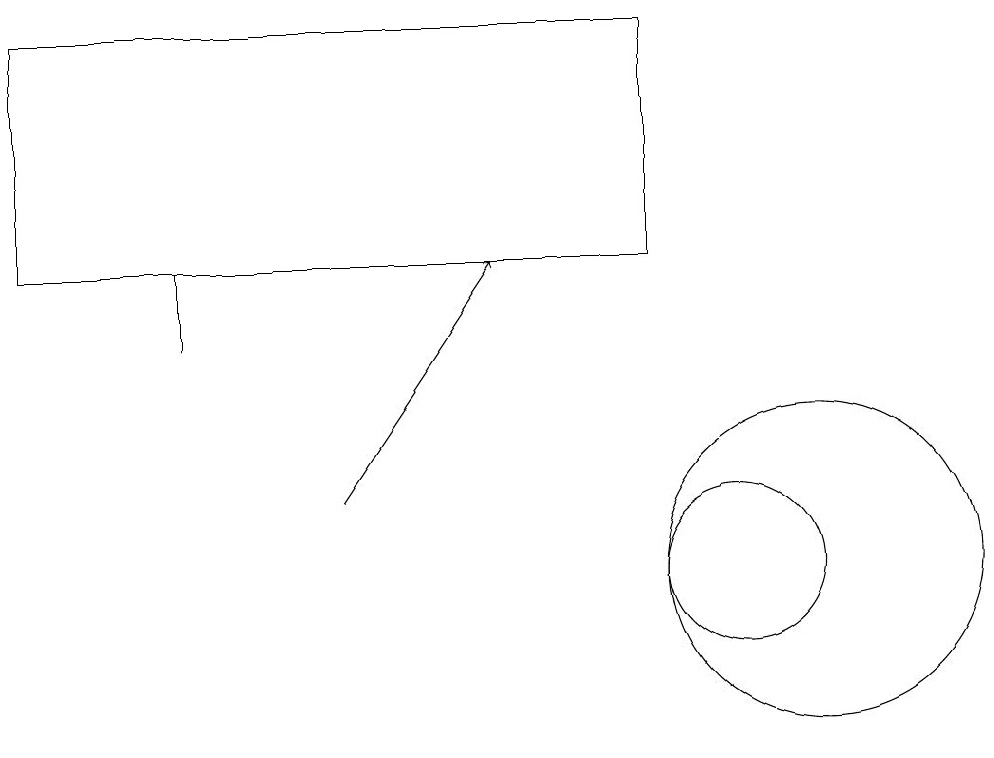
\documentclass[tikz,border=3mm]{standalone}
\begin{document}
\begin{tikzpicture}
\draw (1,14) rectangle (9,17);
\draw (3,13) rectangle (3,14);
\draw (11,10) circle (2);
\draw (10,10) circle (1);
\draw[->] (5,11) -- (7,14);
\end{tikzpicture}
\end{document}